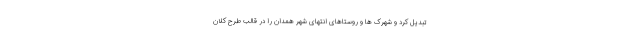
تبدیل کرد و شهرک ها و روستاهای انتهای شهر همدان را در قالب طرح کلان